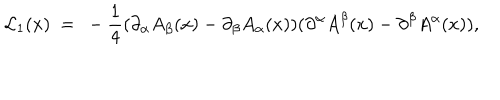
{ \cal L } _ { 1 } ( x ) ~ = ~ - { \frac { 1 } { 4 } } ( \partial _ { \alpha } A _ { \beta } ( x ) - \partial _ { \beta } A _ { \alpha } ( x ) ) ( \partial ^ { \alpha } A ^ { \beta } ( x ) - \partial ^ { \beta } A ^ { \alpha } ( x ) ) ,